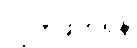
လိုက်ဖက်ရန်